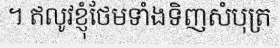
។ ឥលូវខ្ញុំថែមទាំងទិញសំបុត្រ